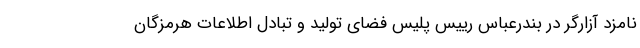
نامزد آزارگر در بندرعباس رییس پلیس فضای تولید و تبادل اطلاعات هرمزگان